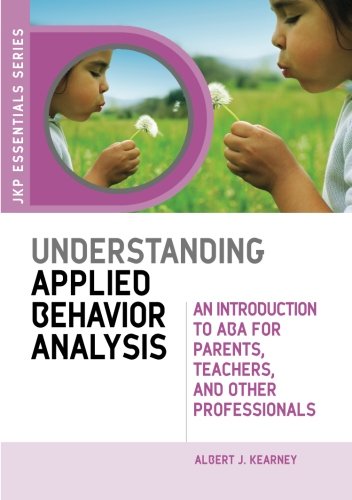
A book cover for Understanding Applied Behavior Analysis: An Introduction to ABA for Parents, Teachers, and Other Professionals; Albert J. Kearney; Medical Books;